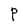
Character: P